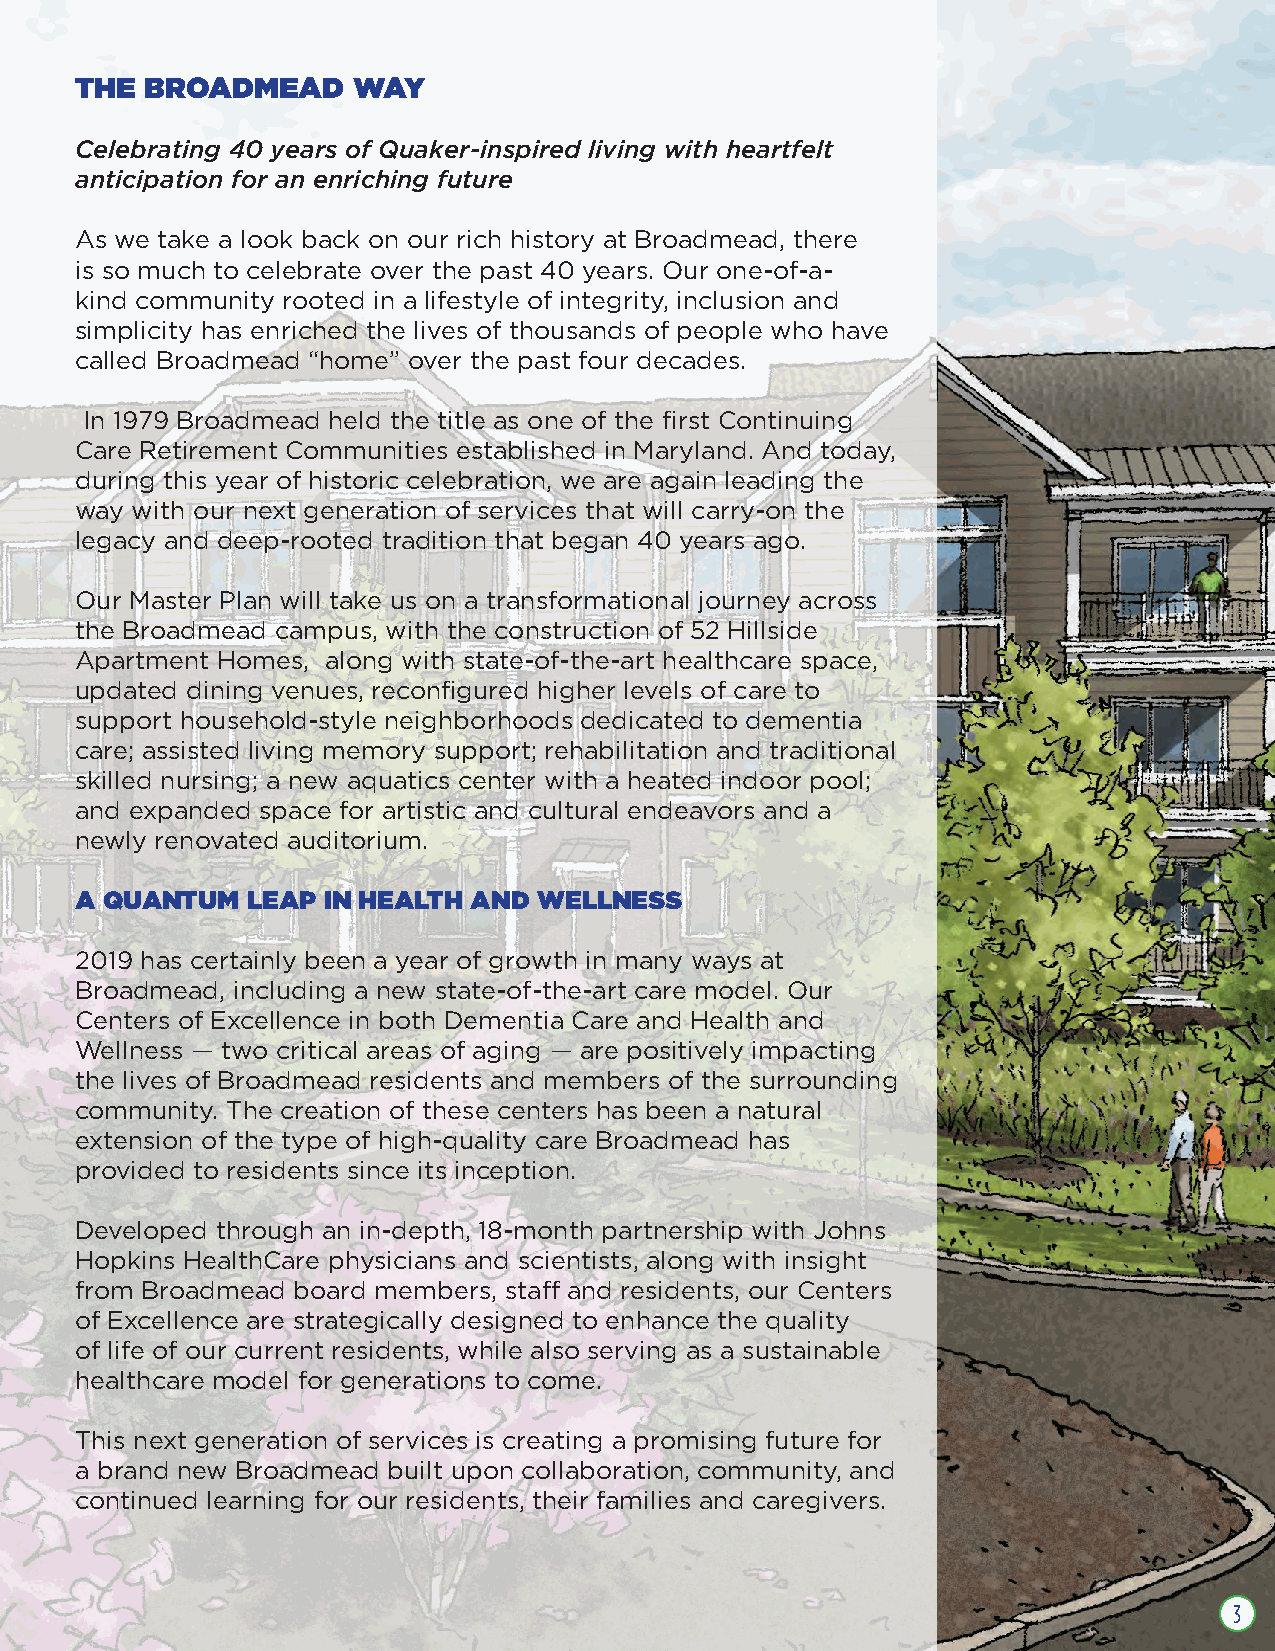
THE  BROADMEAD    WAY
 Celebrating 40 years of Quaker-inspired living with heartfelt
 anticipation for an enriching future
 As we take a look back on our rich history at Broadmead, there
 is so much to celebrate over the past 40 years. Our one-of-a-
 kind community rooted in a lifestyle of integrity, inclusion and
 simplicity has enriched the lives of thousands of people who have
 called Broadmead ÒhomeÓ over the past four decades.
 In 1979 Broadmead held the title as one of the first Continuing
 Care Retirement Communities established in Maryland. And today,
 during this year of historic celebration, we are again leading the
 way with our next generation of services that will carry-on the
 legacy and deep-rooted tradition that began 40 years ago.
 Our Master Plan will take us on a transformational journey across
 the Broadmead campus, with the construction of 52 Hillside
 Apartment Homes, along with state-of-the-art healthcare space,
 updated dining venues, reconfigured higher levels of care to
 support household-style neighborhoods dedicated to dementia
 care; assisted living memory support; rehabilitation and traditional
 skilled nursing; a new aquatics center with a heated indoor pool;
 and expanded space for artistic and cultural endeavors and a
 newly renovated auditorium.
 A QUANTUM  LEAP IN HEALTH AND  WELLNESS
 2019 has certainly been a year of growth in many ways at
 Broadmead, including a new state-of-the-art care model. Our
 Centers of Excellence in both Dementia Care and Health and
 Wellness Ñ two critical areas of aging Ñ are positively impacting
 the lives of Broadmead residents and members of the surrounding
 community. The creation of these centers has been a natural
 extension of the type of high-quality care Broadmead has
 provided to residents since its inception.
 Developed through an in-depth, 18-month partnership with Johns
 Hopkins HealthCare physicians and scientists, along with insight
 from Broadmead board members, staff and residents, our Centers
 of Excellence are strategically designed to enhance the quality
 of life of our current residents, while also serving as a sustainable
 healthcare model for generations to come.
 This next generation of services is creating a promising future for
 a brand new Broadmead built upon collaboration, community, and
 continued learning for our residents, their families and caregivers.
 3